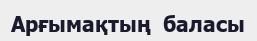
Арғымақтың  баласы